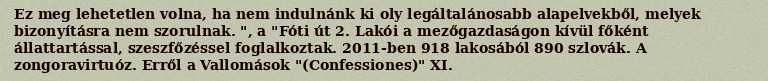
Ez meg lehetetlen volna, ha nem indulnánk ki oly legáltalánosabb alapelvekből, melyek bizonyításra nem szorulnak. ", a "Fóti út 2. Lakói a mezőgazdaságon kívül főként állattartással, szeszfőzéssel foglalkoztak. 2011-ben 918 lakosából 890 szlovák. A zongoravirtuóz. Erről a Vallomások "(Confessiones)" XI.